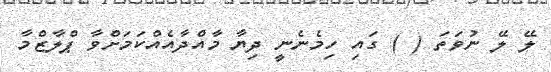
ލޭ ލޭ ނުވަތަ ( ) ގައި ހިމެނެނީ ދިޔާ މާއްދާއެއްކަމަށްވާ ޕްލާޒްމާ